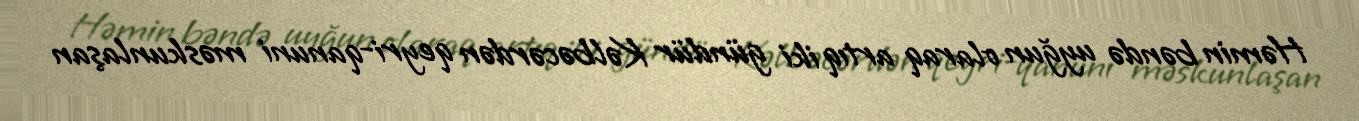
Həmin bəndə uyğun olaraq artıq iki gündür Kəlbəcərdən qeyri-qanuni məskunlaşan